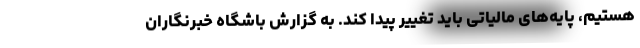
هستیم، پایه‌های مالیاتی باید تغییر پیدا کند. به گزارش باشگاه خبرنگاران